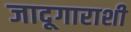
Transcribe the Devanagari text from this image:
जादूगाराशी